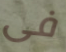
فى